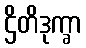
ဌိတိဒုက္ခာ